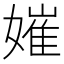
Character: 㜠